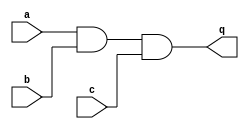
/*
 * Teste de uma Porta E
 */

module AndGate (a, b, c, q);
	input a, b, c;
	output q;
	
	wire q_int;
	
	and u1 (q_int, a, b);
	and u2 (q, q_int, c);

endmodule